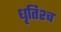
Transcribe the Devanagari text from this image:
धृतिश्च